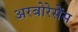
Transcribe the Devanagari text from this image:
अरबोरेसेंस